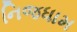
નિજધામ